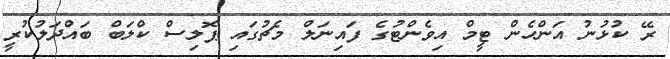
ރޭ ކުޅުނު އަންހެން ޓީމް އިވެންޓުގެ ފައިނަލް މެޗުގައި ޕޮލިސް ކްލަބް ބައްދަލުކުރީ